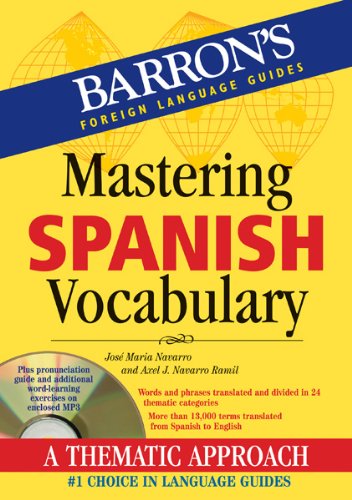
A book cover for Mastering Spanish Vocabulary with Audio MP3: A Thematic Approach (Mastering Vocabulary Series); Jose Maria Navarro; Reference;